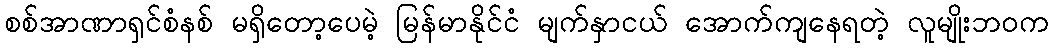
စစ်အာဏာရှင်စံနစ် မရှိတော့ပေမဲ့ မြန်မာနိုင်ငံ မျက်နှာငယ် အောက်ကျနေရတဲ့ လူမျိုးဘဝက